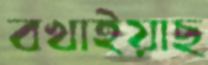
বখাইয়াছ